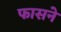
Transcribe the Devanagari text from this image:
फासने